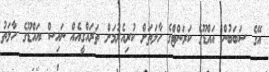
އޭގެ ސަބަބުން އައްޑޫގެ ކަރަންޓްގެ ހާލަތަށް ކުރިއެރުމަށް ތަރައްގީއެއް ނައިސް އައްޑޫގެ ހާލަތު